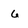
Character: 6